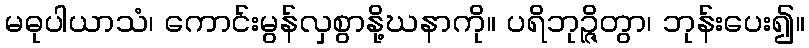
မဓုပါယာသံ၊ ကောင်းမွန်လှစွာနို့ဃနာကို။ ပရိဘုဉ္ဇိတွာ၊ ဘုန်းပေး၍။